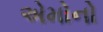
એમોનો